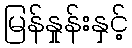
မြန်နှုန်းနှင့်